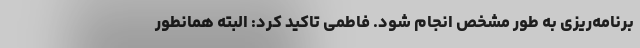
برنامه‌ریزی به طور مشخص انجام شود. فاطمی تاکید کرد: البته همانطور